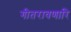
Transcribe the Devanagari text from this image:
गीतरावणारि